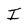
Character: I